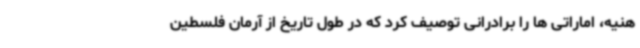
هنیه، اماراتی ها را برادرانی توصیف کرد که در طول تاریخ از آرمان فلسطین